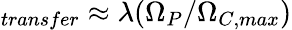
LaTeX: _{transfer}\approx\lambda(\Omega_{P}/\Omega_{C,max})